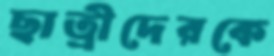
ছাত্রীদেরকে